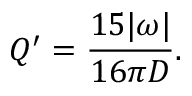
Q ^ { \prime } = \frac { 1 5 | \omega | } { 1 6 \pi D } .